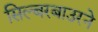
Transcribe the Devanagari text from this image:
सिल्बरबाउरने